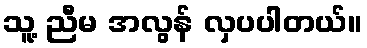
သူ့ ညီမ အလွန် လှပပါတယ်။